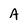
Character: A